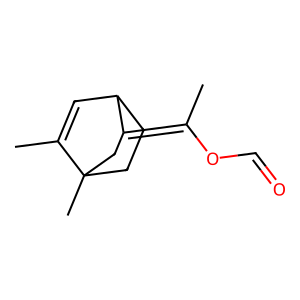
SMILES: CC1=CC2CCC1(C)CC2=C(C)OC=O
Inhibits HIV replication: No